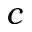
c